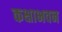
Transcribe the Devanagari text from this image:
कक्षाभवन